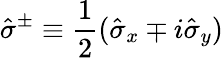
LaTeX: \hat{\sigma}^{\pm}\equiv\frac{1}{2}(\hat{\sigma}_{x}\mp i\hat{\sigma}_{y})